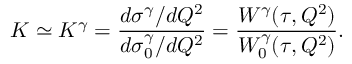
K \simeq K ^ { \gamma } = { \frac { d \sigma ^ { \gamma } / d Q ^ { 2 } } { d \sigma _ { 0 } ^ { \gamma } / d Q ^ { 2 } } } = { \frac { W ^ { \gamma } ( \tau , Q ^ { 2 } ) } { W _ { 0 } ^ { \gamma } ( \tau , Q ^ { 2 } ) } } .